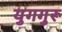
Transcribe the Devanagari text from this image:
युगगुरू